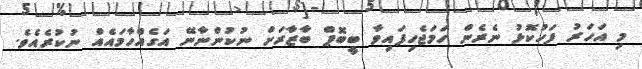
މި އަހަރު ފަހުކޮޅު ނެރެން ހަމަޖެހިފައިވާ ބީބޮޕް ބާޒާރަށް ނުކުންނާނޭ އަގެއްހާމައެއް ނުކުރެއެވެ.